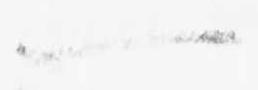
一